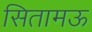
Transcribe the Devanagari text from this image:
सितामऊ